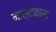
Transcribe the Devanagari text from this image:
मास्टकार्ड